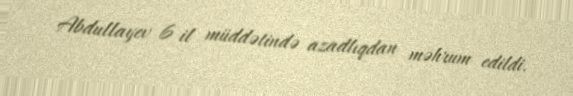
Abdullayev 6 il müddətində azadlıqdan məhrum edildi.